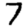
Digit: 7